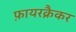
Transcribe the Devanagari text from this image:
फ़ायरक्रैकर